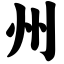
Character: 州